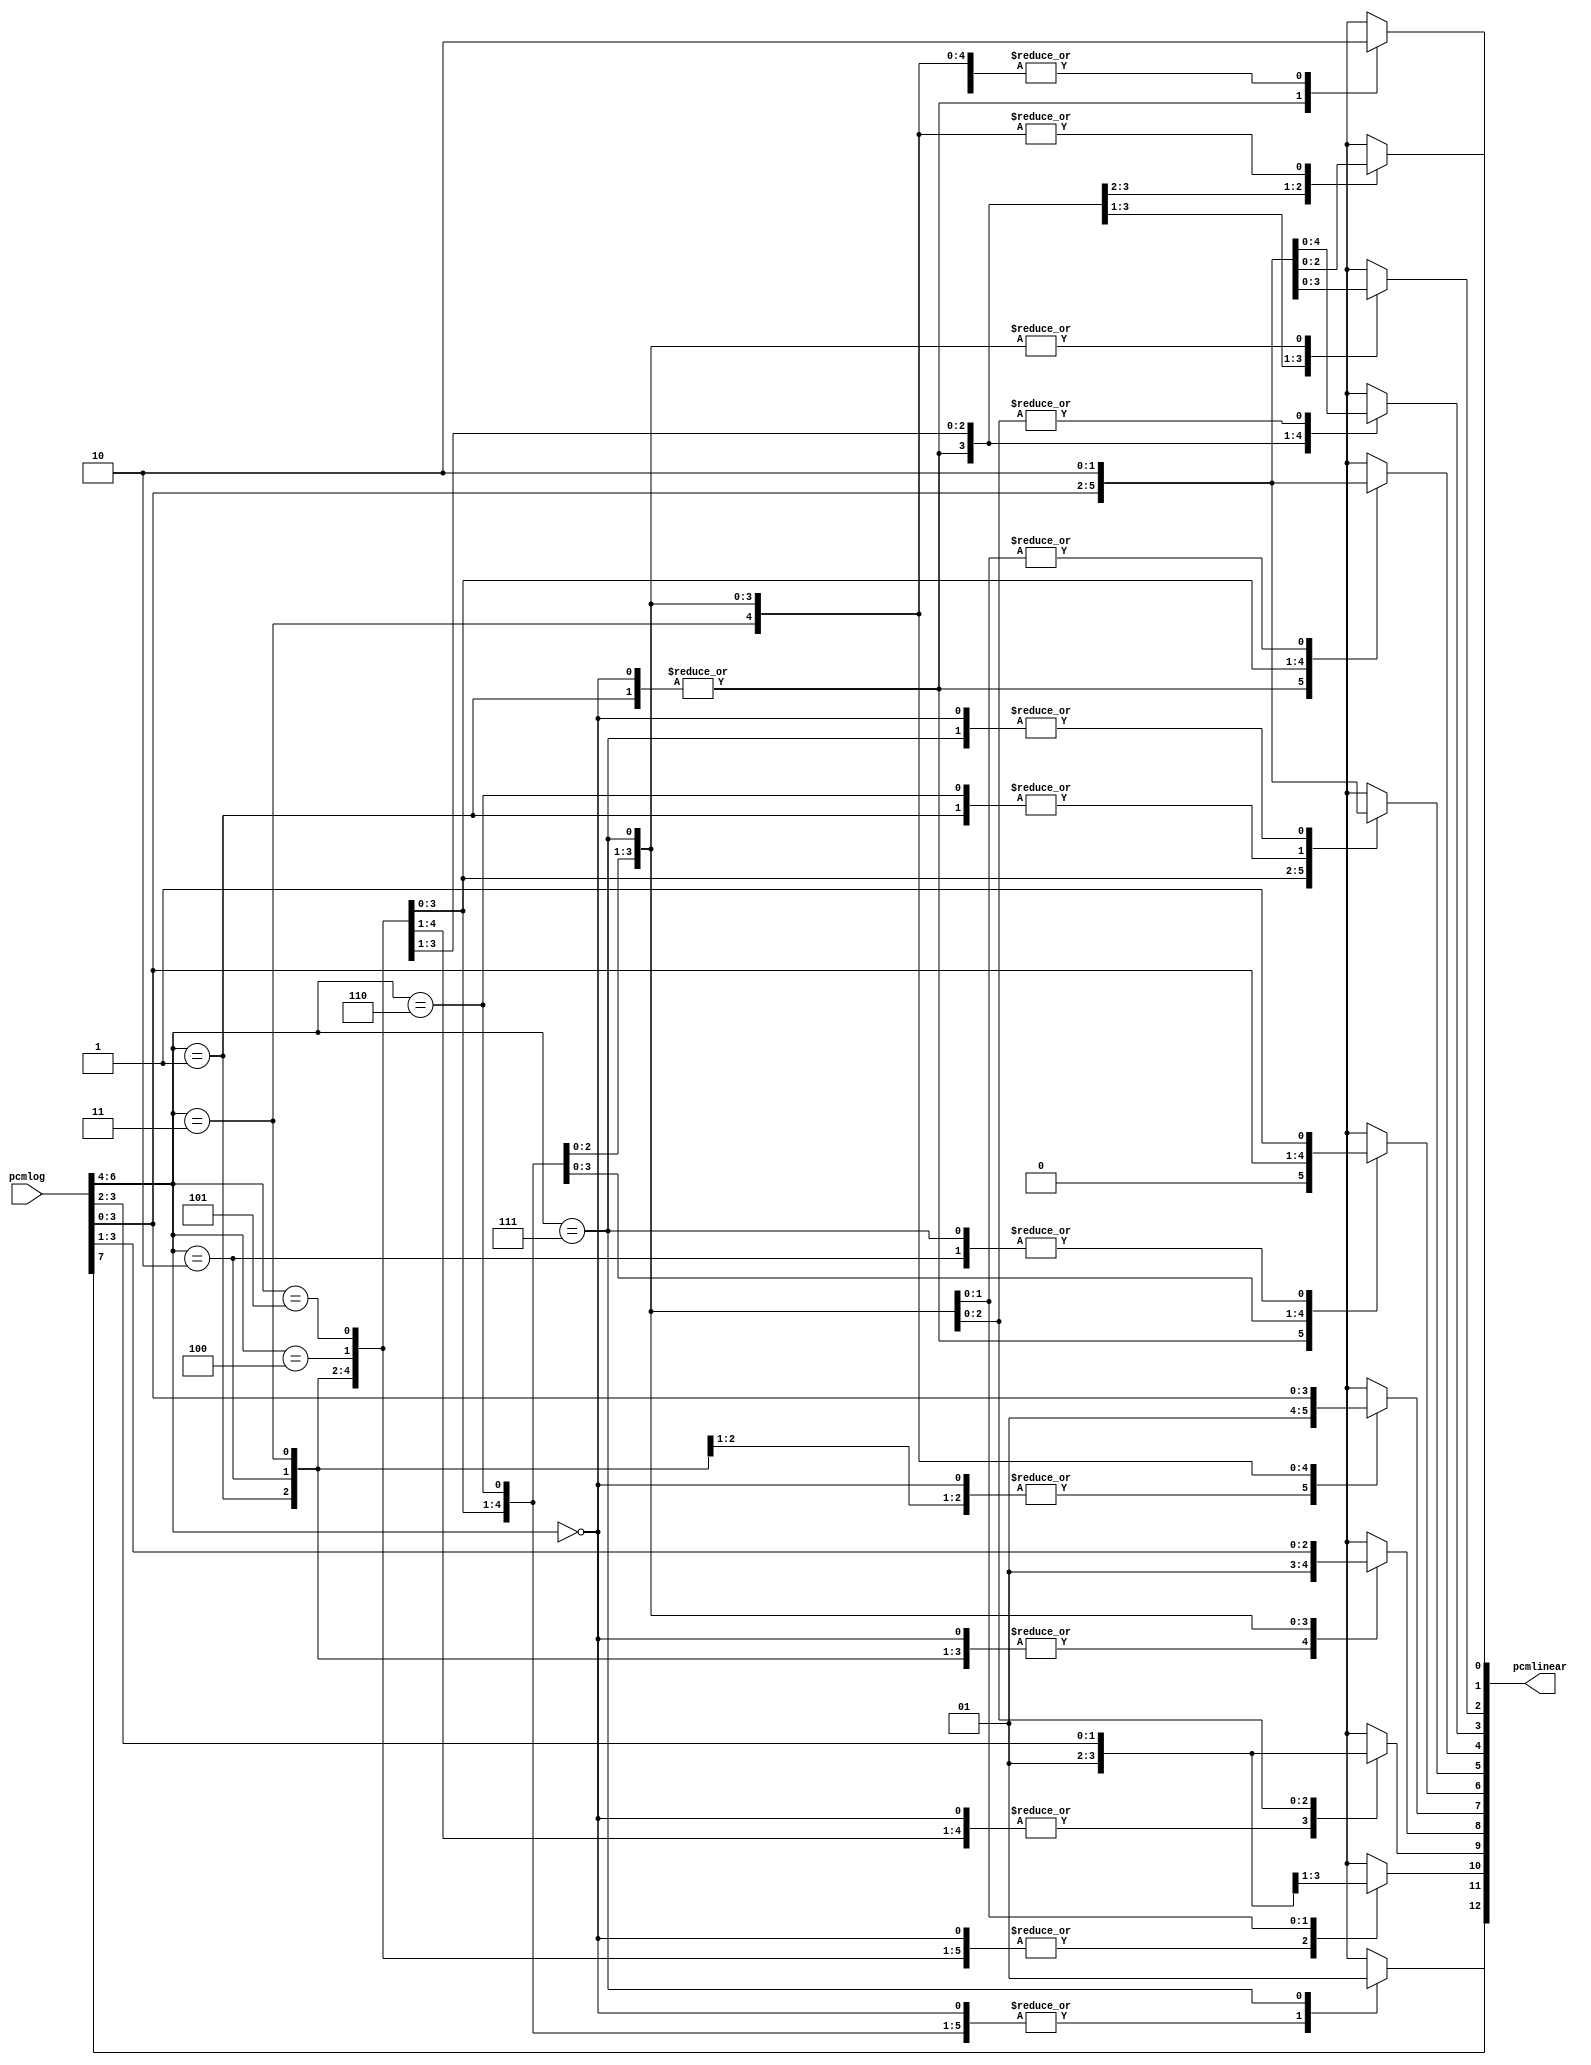
module rLinToLogPCM(pcmlog, pcmlinear);

input [7:0] pcmlog;
output reg [12:0] pcmlinear;

always @(pcmlog)
begin
    pcmlinear[12]<=pcmlog[7];

    case (pcmlog[6:4])
        3'b000:
        begin
            pcmlinear[11:5]<=7'b0000000;
            pcmlinear[4:1]<=pcmlog[3:0];
            pcmlinear[0]<=1;
        end
        3'b001:            
        begin
            pcmlinear[11:5]<=7'b0000001;
            pcmlinear[4:1]<=pcmlog[3:0];
            pcmlinear[0]<=1;
        end
        3'b010:            
        begin
            pcmlinear[11:6]<=6'b000001;
            pcmlinear[5:2]<=pcmlog[3:0];
            pcmlinear[1:0]<=2'b10;
        end
        3'b011:            
        begin
            pcmlinear[11:7]<=5'b00001;
            pcmlinear[6:3]<=pcmlog[3:0];
            pcmlinear[2:0]<=3'b100;
        end
        3'b100:            
        begin
            pcmlinear[11:8]<=4'b0001;
            pcmlinear[7:4]<=pcmlog[3:0];
            pcmlinear[3:0]<=4'b1000;
        end
        3'b101:            
        begin
            pcmlinear[11:9]<=3'b001;
            pcmlinear[8:5]<=pcmlog[3:0];
            pcmlinear[4:0]<=5'b10000;
        end
        3'b110:            
        begin
            pcmlinear[11:10]<=2'b01;
            pcmlinear[9:6]<=pcmlog[3:0];
            pcmlinear[5:0]<=6'b100000;
        end
        3'b111:            
        begin
            pcmlinear[11]<=1;
            pcmlinear[10:7]<=pcmlog[3:0];
            pcmlinear[6:0]<=7'b1000000;
        end
    endcase
end
	
endmodule